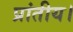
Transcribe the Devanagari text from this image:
प्रांतीय।